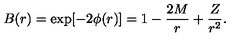
B ( r ) = \exp [ - 2 \phi ( r ) ] = 1 - { \frac { 2 M } { r } } + { \frac { Z } { r ^ { 2 } } } .